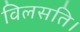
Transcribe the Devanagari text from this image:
विलसति।